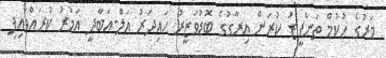
މަރުގެ ހުކުމް ތަންފީޒު ކުރަން އިރާގުގެ ބޮޑުވަޒީރު ހައިދަރު އަލް-އަބާދީ އަމުރު ކުރައްވައިފި